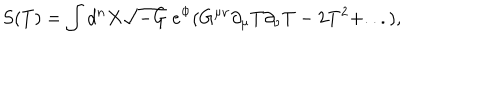
S ( T ) = \int d ^ { n } X \sqrt { - G } \; e ^ { \Phi } ( G ^ { \mu \nu } \partial _ { \mu } T \partial _ { \nu } T - 2 T ^ { 2 } + . . . ) ,